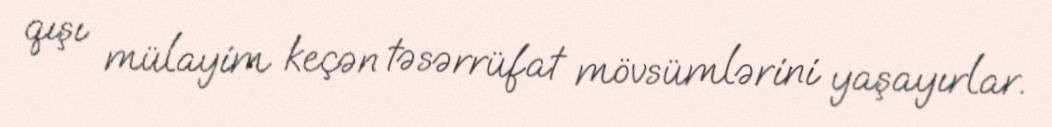
qışı mülayim keçən təsərrüfat mövsümlərini yaşayırlar.